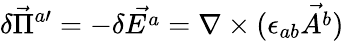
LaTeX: \delta\vec{\Pi}^{a\prime}=-\delta\vec{E^{a}}=\nabla\times(\epsilon_{ab}\vec{A^{b}})